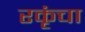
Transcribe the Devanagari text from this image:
रकृंचा